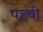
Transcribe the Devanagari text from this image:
पहवी